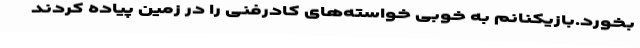
بخورد.بازیکنانم به خوبی خواسته‌های کادرفنی را در زمین پیاده کردند